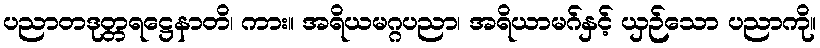
ပညာတဒုတ္တရဋ္ဌေနာတိ၊ ကား။ အရိယမဂ္ဂပညာ၊ အရိယာမဂ်နှင့် ယှဉ်သော ပညာကို။